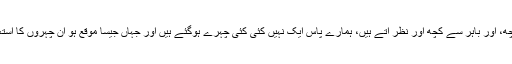
آج ہم اندر سے کچھ، اور باہر سے کچھ اور نظر آتے ہیں، ہمارے پاس ایک نہیں کئی کئی چہرے ہوگئے ہیں اور جہاں جیسا موقع ہو ان چہروں کا استعمال کررہے ہیں۔